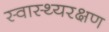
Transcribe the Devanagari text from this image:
स्वास्थ्यरक्षण